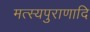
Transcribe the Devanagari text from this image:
मत्स्यपुराणादि